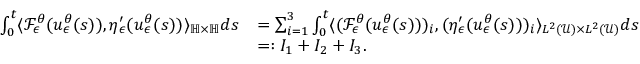
\begin{array} { r l } { \int _ { 0 } ^ { t } \langle \mathcal { F } _ { \epsilon } ^ { \theta } ( u _ { \epsilon } ^ { \theta } ( s ) ) , \eta _ { \epsilon } ^ { \prime } ( u _ { \epsilon } ^ { \theta } ( s ) ) \rangle _ { \mathbb { H } \times \mathbb { H } } d s } & { = \sum _ { i = 1 } ^ { 3 } \int _ { 0 } ^ { t } \langle ( \mathcal { F } _ { \epsilon } ^ { \theta } ( u _ { \epsilon } ^ { \theta } ( s ) ) ) _ { i } , ( \eta _ { \epsilon } ^ { \prime } ( u _ { \epsilon } ^ { \theta } ( s ) ) ) _ { i } \rangle _ { L ^ { 2 } ( \mathcal { U } ) \times L ^ { 2 } ( \mathcal { U } ) } d s } \\ & { = : I _ { 1 } + I _ { 2 } + I _ { 3 } . } \end{array}